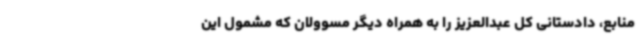
منابع، دادستانی کل عبدالعزیز را به همراه دیگر مسوولان که مشمول این